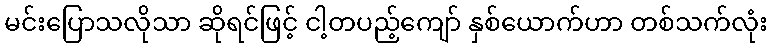
မင်းပြောသလိုသာ ဆိုရင်ဖြင့် ငါ့တပည့်ကျော် နှစ်ယောက်ဟာ တစ်သက်လုံး